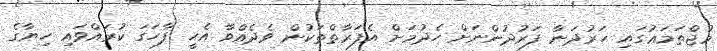
މުޖްތަމަޢުގައި ހަރުދަނާ ފަރުދުންނަށް ހެދުމަށް އެފަރާތްތަކުން ވެދެއްވާ އެހީ ފާހަގަ ކުރައްވައި ހިޔާގެ